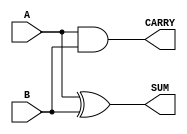
module half_adder #(
    parameter WIDTH = 1  // Default width is set to 1
) (
    input  [WIDTH-1:0] A,  // Input A
    input  [WIDTH-1:0] B,  // Input B
    output [WIDTH-1:0] SUM, // Output SUM
    output [WIDTH-1:0] CARRY // Output CARRY
);

    // Calculate SUM using bitwise XOR
    assign SUM = A ^ B;

    // Calculate CARRY using bitwise AND
    assign CARRY = A & B;

endmodule